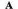
A